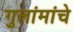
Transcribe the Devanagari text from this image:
गुलांमांचे